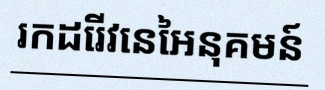
រកដេរីវេនៃអនុគមន៍